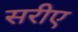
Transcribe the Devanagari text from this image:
सरीए